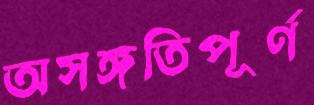
অসঙ্গতিপূর্ণ